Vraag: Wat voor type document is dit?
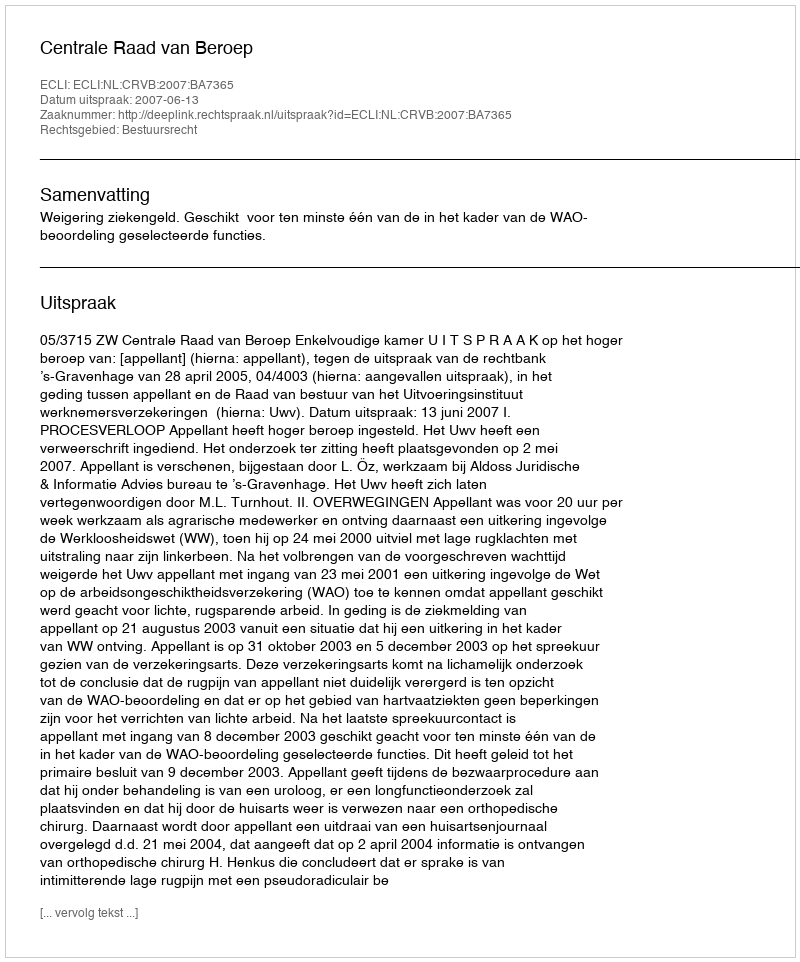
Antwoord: Uitspraak